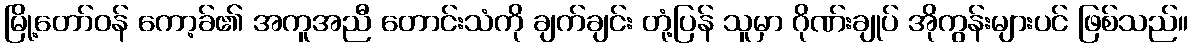
မြို့တော်ဝန် ကော့ခ်၏ အကူအညီ တောင်းသံကို ချက်ချင်း တုံ့ပြန် သူမှာ ဂိုဏ်းချုပ် အိုကွန်းများပင် ဖြစ်သည်။